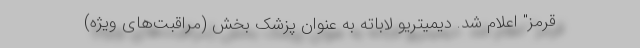
قرمز" اعلام شد. دیمیتریو لاباته به عنوان پزشک بخش (مراقبت‌های ویژه)